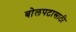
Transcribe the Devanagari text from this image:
बोलपटासाठी